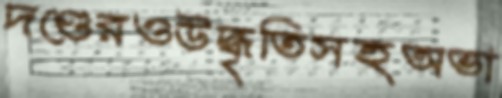
দণ্ডেরওউদ্ধৃতিসহঅভা